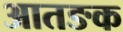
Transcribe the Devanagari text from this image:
आतङक